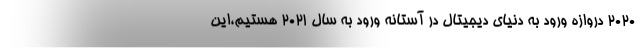
2020 دروازه ورود به دنیای دیجیتال در آستانه ورود به سال 2021 هستیم،این